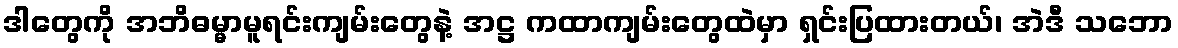
ဒါတွေကို အဘိဓမ္မာမူရင်းကျမ်းတွေနဲ့ အဋ္ဌ ကထာကျမ်းတွေထဲမှာ ရှင်းပြထားတယ်၊ အဲဒီ သဘော